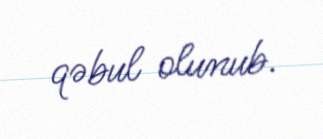
qəbul olunub.